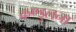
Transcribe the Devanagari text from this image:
कण्डुलना